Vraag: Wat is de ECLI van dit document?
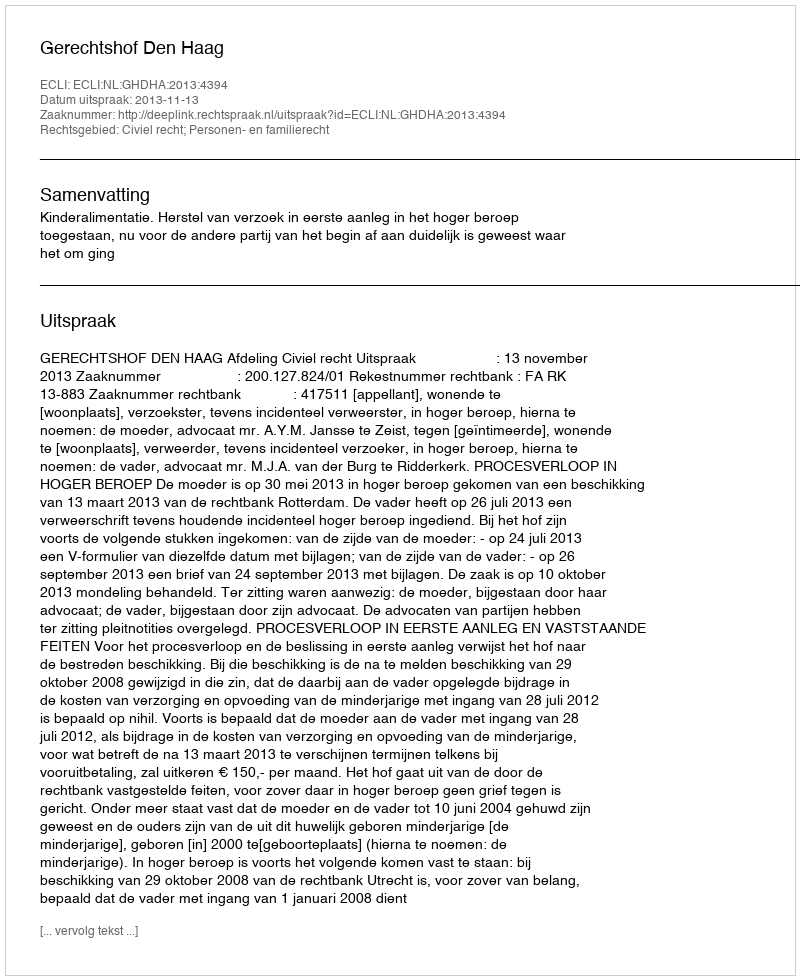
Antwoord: ECLI:NL:GHDHA:2013:4394